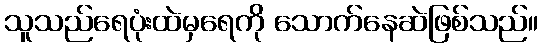
သူသည်ရေပုံးထဲမှရေကို သောက်နေဆဲဖြစ်သည်။